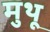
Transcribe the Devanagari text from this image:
मुथू